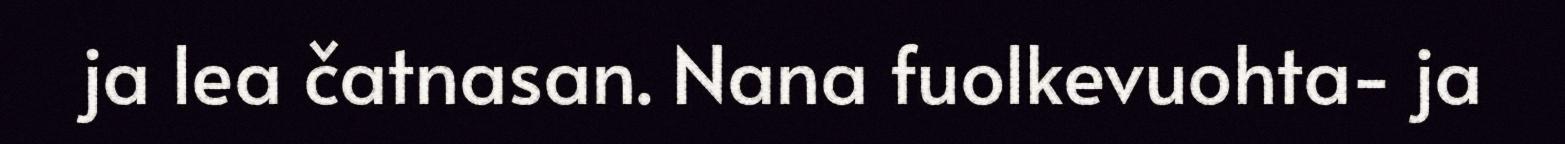
ja lea čatnasan. Nana fuolkevuohta- ja